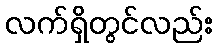
လက်ရှိတွင်လည်း